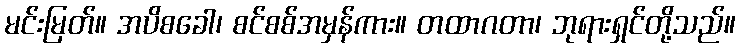
မင်းမြတ်။ အပိစခေါ၊ စင်စစ်အမှန်ကား။ တထာဂတာ၊ ဘုရားရှင်တို့သည်။